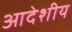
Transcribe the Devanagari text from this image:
आदेशीय